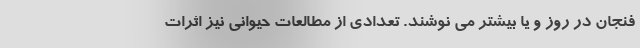
فنجان در روز و یا بیشتر می نوشند. تعدادی از مطالعات حیوانی نیز اثرات